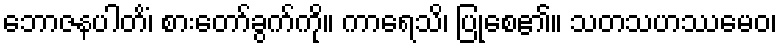
ဘောဇနပါတိံ၊ စားတော်ခွက်ကို။ ကာရေသိ၊ ပြုစေ၏။ သတသဟဿမေဝ၊